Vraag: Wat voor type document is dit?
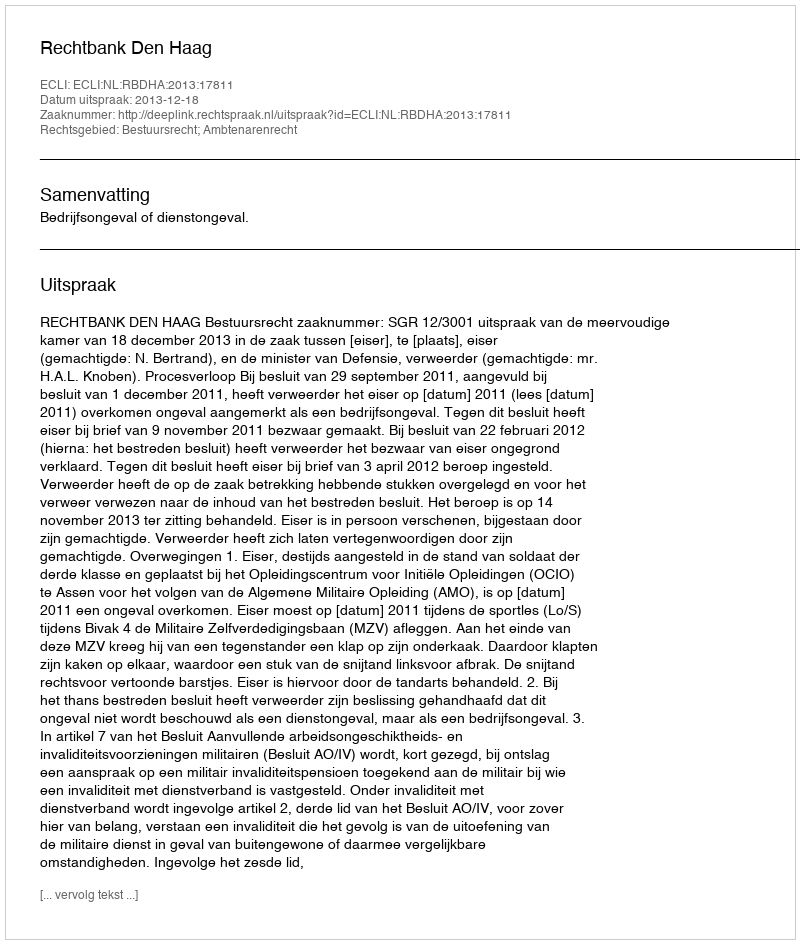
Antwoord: Uitspraak